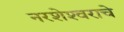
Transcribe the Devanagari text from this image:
नरशेश्‍वराचे